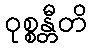
ဝုစ္စန္တီတိ